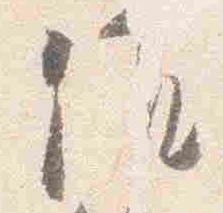
候